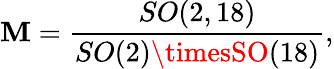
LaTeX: {\cal\mathbf{M}}={\frac{{SO(2,18)}}{{SO(2)\timesSO(18)}}},